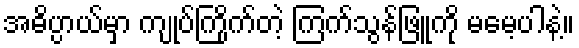
အဓိပ္ပာယ်မှာ ကျုပ်ကြိုက်တဲ့ ကြက်သွန်ဖြူကို မမေ့ပါနဲ့။